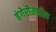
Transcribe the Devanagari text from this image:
हंगेरीमधील